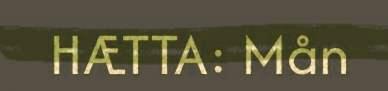
HÆTTA: Mån